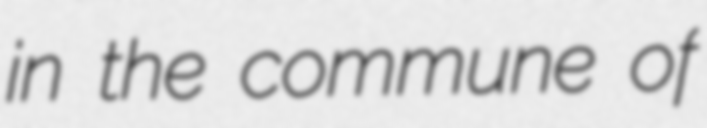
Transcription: in the commune of